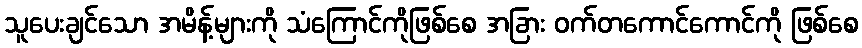
သူပေးချင်သော အမိန့်များကို သံကြောင်ကိုဖြစ်စေ အခြား ဝက်တကောင်ကောင်ကို ဖြစ်စေ